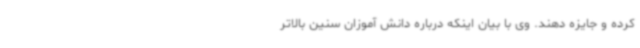
کرده و جایزه دهند. وی با بیان اینکه درباره دانش آموزان سنین بالاتر